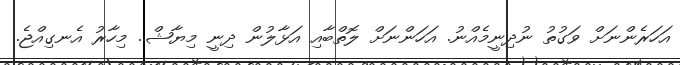
އަހަރެންނަށް ވަގުތު ނުދިނީމެއްނު. އަހަންނަށް ލޮތްބާއި އަޅާލުން ދިނީ މިޔާޝް.. މިހާރު އެނގިއްޖެ..